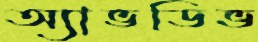
অ্যাভডিভ